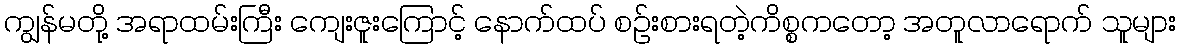
ကျွန်မတို့ အရာထမ်းကြီး ကျေးဇူးကြောင့် နောက်ထပ် စဉ်းစားရတဲ့ကိစ္စကတော့ အတူလာရောက် သူများ